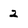
Character: 2